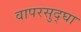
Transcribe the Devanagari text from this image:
वापरसुद्घा